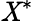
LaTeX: \mathit{X}^{\ast}